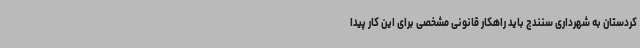
کردستان به شهرداری سنندج باید راهکار قانونی مشخصی برای این کار پیدا